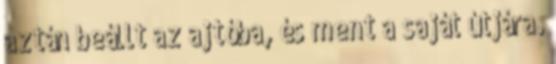
aztán beállt az ajtóba, és ment a saját útjára.